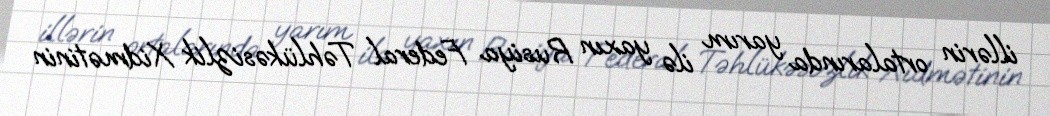
illərin ortalarında yarım ilə yaxın Rusiya Federal Təhlükəsizlik Xidmətinin